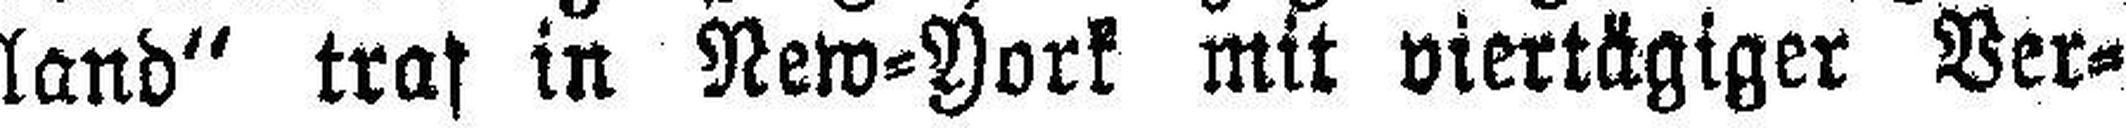
land" traf in New=York mit viertägiger Ver¬